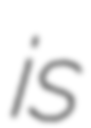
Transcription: is